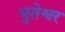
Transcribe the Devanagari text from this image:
भुतेश्वर